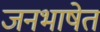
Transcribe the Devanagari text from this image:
जनभाषेत